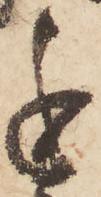
進